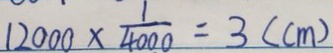
1 2 0 0 0 \times \frac { 1 } { 4 0 0 0 } = 3 ( c m )